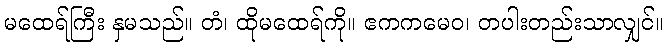
မထေရ်ကြီး နှမသည်။ တံ၊ ထိုမထေရ်ကို။ ဧကကမေဝ၊ တပါးတည်းသာလျှင်။